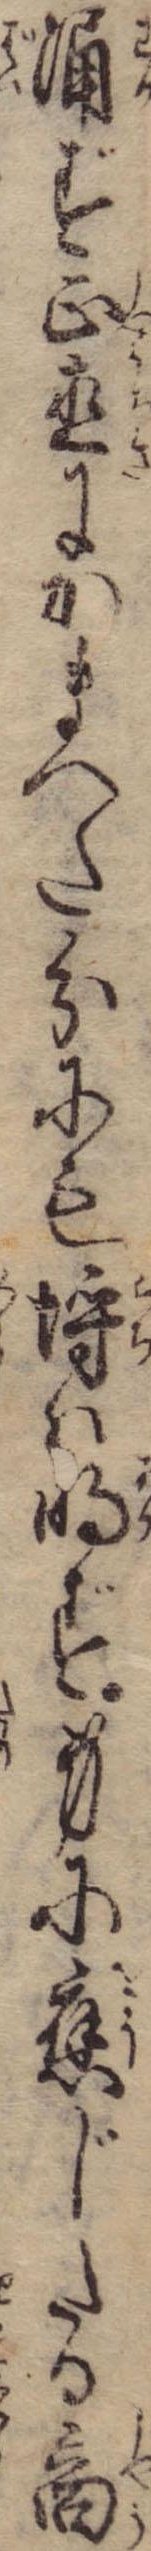
湧ず正直にかまへた分にも埒は明ず身に応じたる商